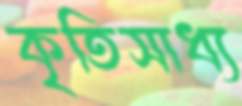
কৃতিসাধ্য